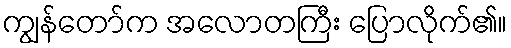
ကျွန်တော်က အလောတကြီး ပြောလိုက်၏။